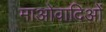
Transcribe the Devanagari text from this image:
माओवादिओं